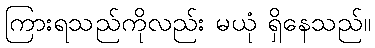
ကြားရသည်ကိုလည်း မယုံ ရှိနေသည်။